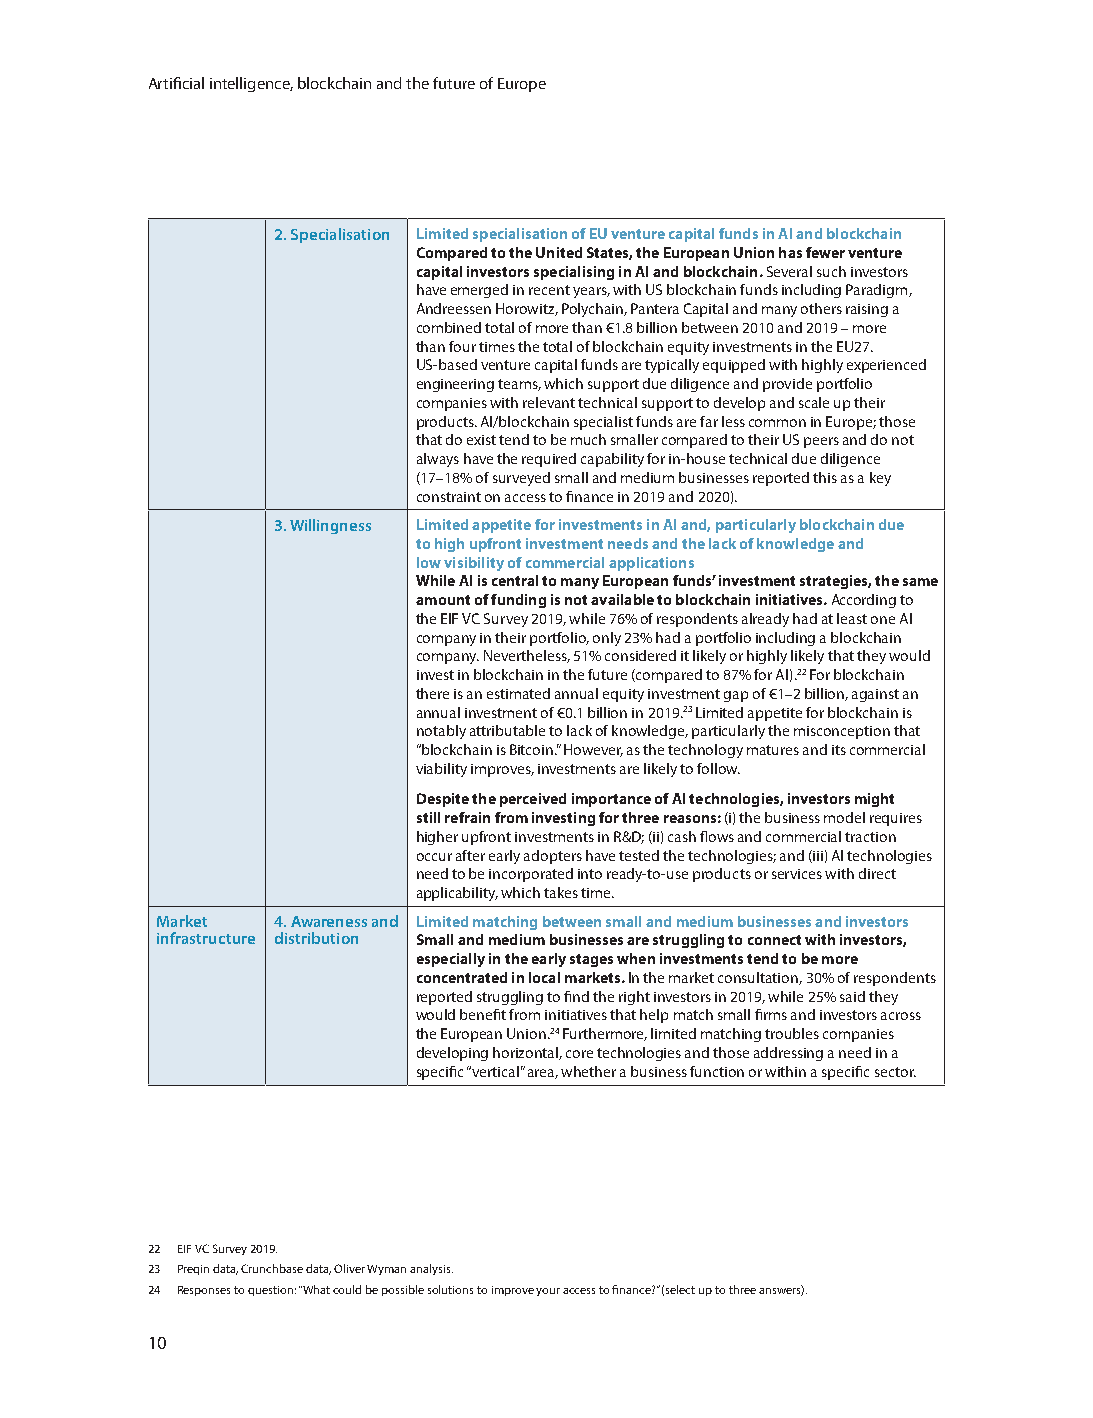
Artificial intelligence, blockchain and the future of Europe
 2. Specialisation Limited specialisation of EU venture capital funds in AI and blockchain
 Compared to the United States, the European Union has fewer venture
 capital investors specialising in AI and blockchain. Several such investors
 have emerged in recent years, with US blockchain funds including Paradigm,
 Andreessen Horowitz, Polychain, Pantera Capital and many others raising a
 combined total of more than €1.8 billion between 2010 and 2019 – more
 than four times the total of blockchain equity investments in the EU27.
 US-based venture capital funds are typically equipped with highly experienced
 engineering teams, which support due diligence and provide portfolio
 companies with relevant technical support to develop and scale up their
 products. AI/blockchain specialist funds are far less common in Europe; those
 that do exist tend to be much smaller compared to their US peers and do not
 always have the required capability for in-house technical due diligence
 (17–18% of surveyed small and medium businesses reported this as a key
 constraint on access to finance in 2019 and 2020).
 3. Willingness Limited appetite for investments in AI and, particularly blockchain due
 to high upfront investment needs and the lack of knowledge and
 low visibility of commercial applications
 While AI is central to many European funds’ investment strategies, the same
 amount of funding is not available to blockchain initiatives. According to
 the EIF VC Survey 2019, while 76% of respondents already had at least one AI
 company in their portfolio, only 23% had a portfolio including a blockchain
 company. Nevertheless, 51% considered it likely or highly likely that they would
 invest in blockchain in the future (compared to 87% for AI).22 For blockchain
 there is an estimated annual equity investment gap of €1–2 billion, against an
 annual investment of €0.1 billion in 2019.23 Limited appetite for blockchain is
 notably attributable to lack of knowledge, particularly the misconception that
 “blockchain is Bitcoin.” However, as the technology matures and its commercial
 viability improves, investments are likely to follow.
 Despite the perceived importance of AI technologies, investors might
 still refrain from investing for three reasons: (i) the business model requires
 higher upfront investments in R&D; (ii) cash flows and commercial traction
 occur after early adopters have tested the technologies; and (iii) AI technologies
 need to be incorporated into ready-to-use products or services with direct
 applicability, which takes time.
 Market  4. Awareness and Limited matching between small and medium businesses and investors
 infrastructure distribution Small and medium businesses are struggling to connect with investors,
 especially in the early stages when investments tend to be more
 concentrated in local markets. In the market consultation, 30% of respondents
 reported struggling to find the right investors in 2019, while 25% said they
 would benefit from initiatives that help match small firms and investors across
 the European Union.24 Furthermore, limited matching troubles companies
 developing horizontal, core technologies and those addressing a need in a
 specific “vertical” area, whether a business function or within a specific sector.
 22 EIF VC Survey 2019.
 23 Preqin data, Crunchbase data, Oliver Wyman analysis.
 24 Responses to question: “What could be possible solutions to improve your access to finance?” (select up to three answers).
 10